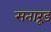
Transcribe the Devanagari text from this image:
सतारूड़